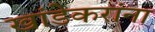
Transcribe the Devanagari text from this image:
खांडेकरांना